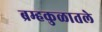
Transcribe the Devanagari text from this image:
ब्रम्हकुळातले